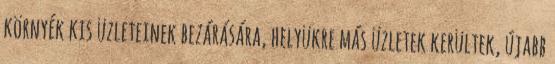
környék kis üzleteinek bezárására, helyükre más üzletek kerültek, újabb